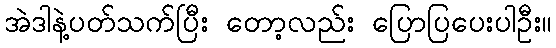
အဲဒါနဲ့ပတ်သက်ပြီး တော့လည်း ပြောပြပေးပါဦး။